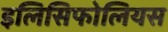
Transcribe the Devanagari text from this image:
इलिसिफोलियस